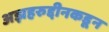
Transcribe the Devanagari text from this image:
अझहरुद्दीनकडून